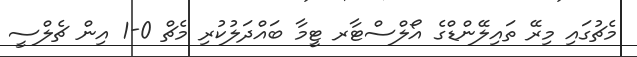
މެޗުގައި މިރޭ ތައިލޭންޑްގެ އޯލްސްޓާރ ޓީމާ ބައްދަލުކުރި މެޗް 0-1 އިން ޗެލްސީ